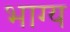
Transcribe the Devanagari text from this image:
भाग्‍य